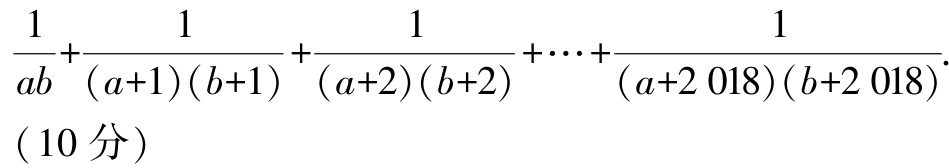
$\frac{1}{ab}+\frac{1}{(a + 1)(b + 1)}+\frac{1}{(a + 2)(b + 2)}+\cdots+\frac{1}{(a + 2\ 018)(b + 2\ 018)}.$
( 10 分）